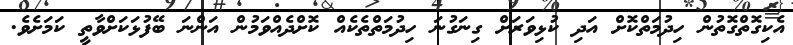
އެކިގޮތްގޮތުން ހިދުމަތްކޮށް އަދި ކުޅިވަރަށް ގިނަގުނަ ހިދުމަތްތެކެއް ކޮށްދެއްވަމުން އަންނަ ބޭފުޅަކަށްވާތީ ކަމަށެވެ.